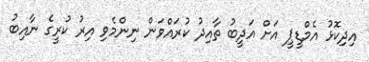
އިދިކޮޅު އެމްޑީޕީ އަށް އަދީބު ތާއިދު ކުރައްވަން ނިންމެވި އިރު ކުރީގެ ނާއިބު